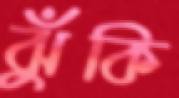
ঝুঁকি